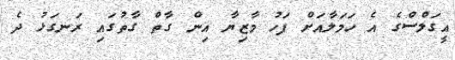
އީގަލްސްގެ އެ ހަމަލާއަށް ފަހު މާޒިޔާ އިން ގާތް ގާތުގައި ރަނގަޅު ދެ